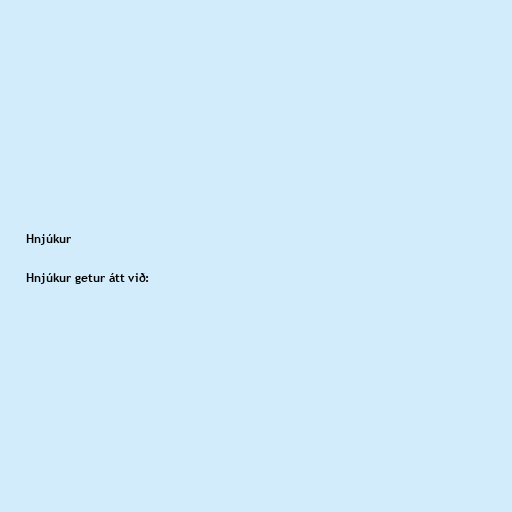
Hnjúkur

Hnjúkur getur átt við: